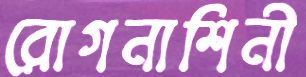
রোগনাশিনী